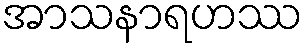
အာသနာရဟဿ